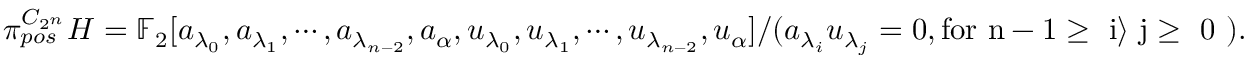
\pi _ { p o s } ^ { C _ { 2 ^ { n } } } H = \mathbb { F } _ { 2 } [ a _ { \lambda _ { 0 } } , a _ { \lambda _ { 1 } } , \cdots , a _ { \lambda _ { n - 2 } } , a _ { \alpha } , u _ { \lambda _ { 0 } } , u _ { \lambda _ { 1 } } , \cdots , u _ { \lambda _ { n - 2 } } , u _ { \alpha } ] / ( a _ { \lambda _ { i } } u _ { \lambda _ { j } } = 0 , \mathrm { f o r ~ n - 1 \geq ~ i \rangle ~ j \geq ~ 0 ~ } ) .